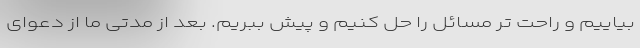
بیاییم و راحت تر مسائل را حل کنیم و پیش ببریم. بعد از مدتی ما از دعوای